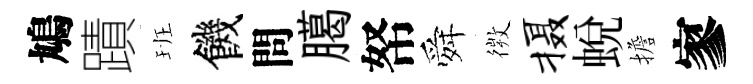
鳩蹟班饑問臈帑舜𢕄摄蛻擔寥